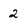
Character: 2